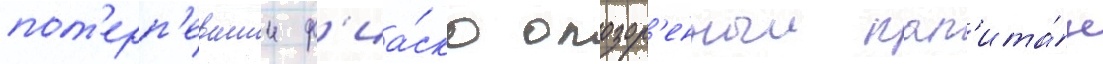
пот'ерп'евшии ф'иа́ско опозор'енныи кап'ита́н